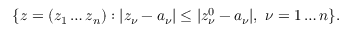
\{ z = ( z _ { 1 } \dots z _ { n } ) : | z _ { \nu } - a _ { \nu } | \leq | z _ { \nu } ^ { 0 } - a _ { \nu } | , \ \nu = 1 \dots n \} .